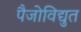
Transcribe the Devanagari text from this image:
पैजोविद्युत